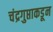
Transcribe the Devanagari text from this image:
चंद्रगुप्ताकडून